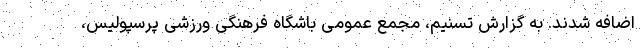
اضافه شدند. به گزارش تسنیم، مجمع عمومی باشگاه فرهنگی ورزشی پرسپولیس،